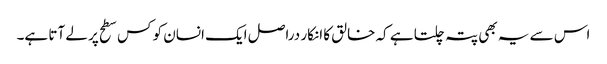
اس سے یہ بھی پتہ چلتا ہے کہ خالق کا انکار دراصل ایک انسان کو کس سطح پر لے آتا ہے۔